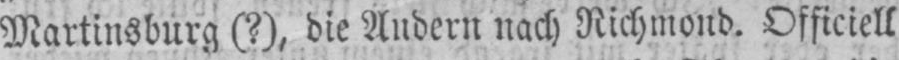
Martinsburg (?), die Andern nach Richmond. Officiell